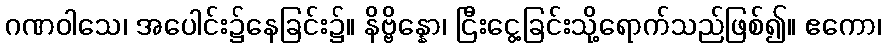
ဂဏဝါသေ၊ အပေါင်း၌နေခြင်း၌။ နိဗ္ဗိန္နော၊ ငြီးငွေ့ခြင်းသို့ရောက်သည်ဖြစ်၍။ ဧကော၊